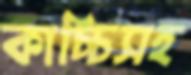
কাচ্চিসহ